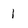
Character: 1